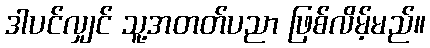
ဒါပင်လျှင် သူ့အတတ်ပညာ ဖြစ်လိမ့်မည်။